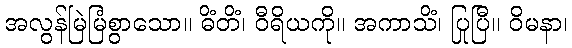
အလွန်မြဲမြံစွာသော။ ဓိံတိံ၊ ဝီရိယကို။ အကာသိံ၊ ပြုပြီ။ ဝိမနာ၊